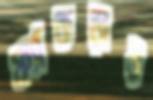
ফ্যাঁকড়ায়